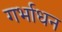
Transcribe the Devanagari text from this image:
गर्भाधन